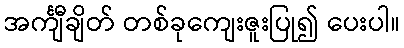
အင်္ကျီချိတ် တစ်ခုကျေးဇူးပြု၍ ပေးပါ။